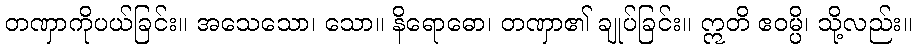
တဏှာကိုပယ်ခြင်း။ အသေသော၊ သော။ နိရောဓော၊ တဏှာ၏ ချုပ်ခြင်း။ ဣတိ ဧဝမ္ပိ၊ သို့လည်း။